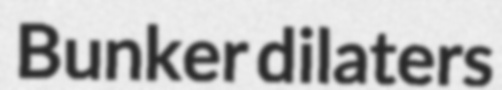
Bunker dilaters